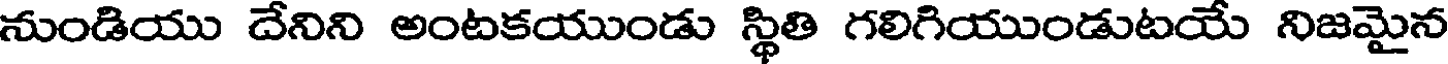
నుండియు దేనిని అంటకయుండు స్థితి గలిగియుండుటయే నిజమైన